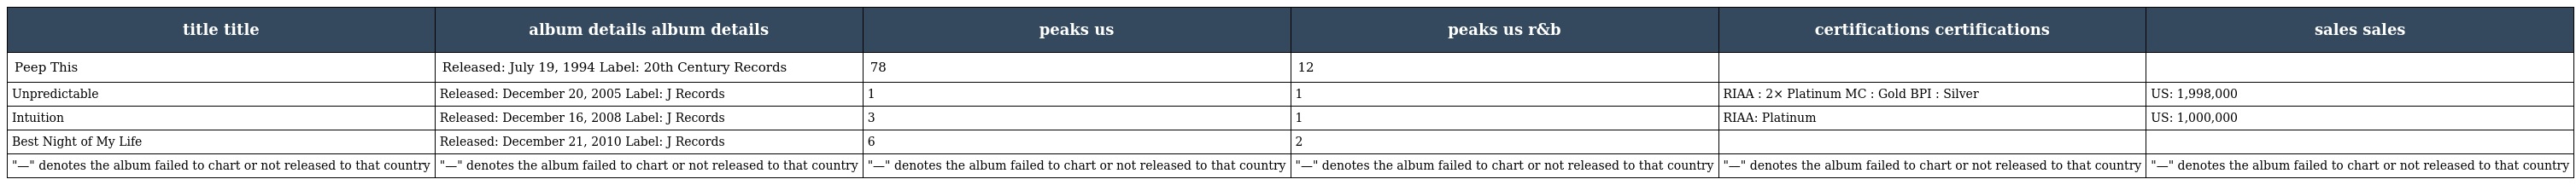
| title title | album details album details | peaks us | peaks us r&b | certifications certifications | sales sales |
 | --- | --- | --- | --- | --- | --- |
 | Peep This | Released: July 19, 1994 Label: 20th Century Records | 78 | 12 |  |  |
 | Unpredictable | Released: December 20, 2005 Label: J Records | 1 | 1 | RIAA : 2× Platinum MC : Gold BPI : Silver | US: 1,998,000 |
 | Intuition | Released: December 16, 2008 Label: J Records | 3 | 1 | RIAA: Platinum | US: 1,000,000 |
 | Best Night of My Life | Released: December 21, 2010 Label: J Records | 6 | 2 |  |  |
 | "—" denotes the album failed to chart or not released to that country | "—" denotes the album failed to chart or not released to that country | "—" denotes the album failed to chart or not released to that country | "—" denotes the album failed to chart or not released to that country | "—" denotes the album failed to chart or not released to that country | "—" denotes the album failed to chart or not released to that country |